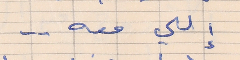
إللي معه  . .